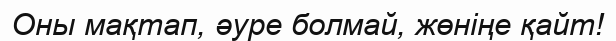
Оны мақтап, әуре болмай, жөніңе қайт!